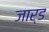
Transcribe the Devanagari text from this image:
जार्ड